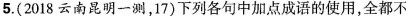
5.(2018云南昆明一测，17)下列各句中加点成语的使用，全都不